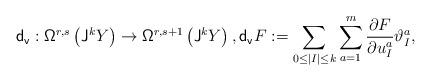
LaTeX: \begin{align*}\mathsf{d_v}:{\mathsf{\Omega}}^{r,s}\left({\sf J}^kY\right)\rightarrow{\mathsf{\Omega}}^{r,s+1}\left({\sf J}^kY\right),\mathsf{d_v}F:=\sum_{0\leq|I|\leq k} \sum_{a=1}^m\frac{\partial F}{\partial u^a_I}\vartheta^a_I,\end{align*}